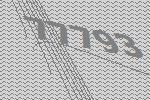
77793